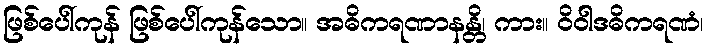
ဖြစ်ပေါ်ကုန် ဖြစ်ပေါ်ကုန်သော။ အဓိကရဏာနန္တိ၊ ကား။ ဝိဝါဒဓိကရဏံ၊